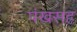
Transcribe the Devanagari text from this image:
पंखसह